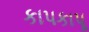
કાપકાપૂ